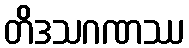
တိဒသဂဏဿ